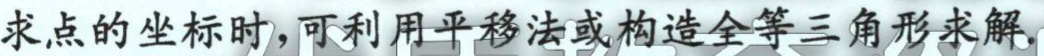
求点的坐标时,可利用平移法或构造全等三角形求解